King Institute of Preventive Medicine Micro-Biological Section reports 1909-11
Year: 1909
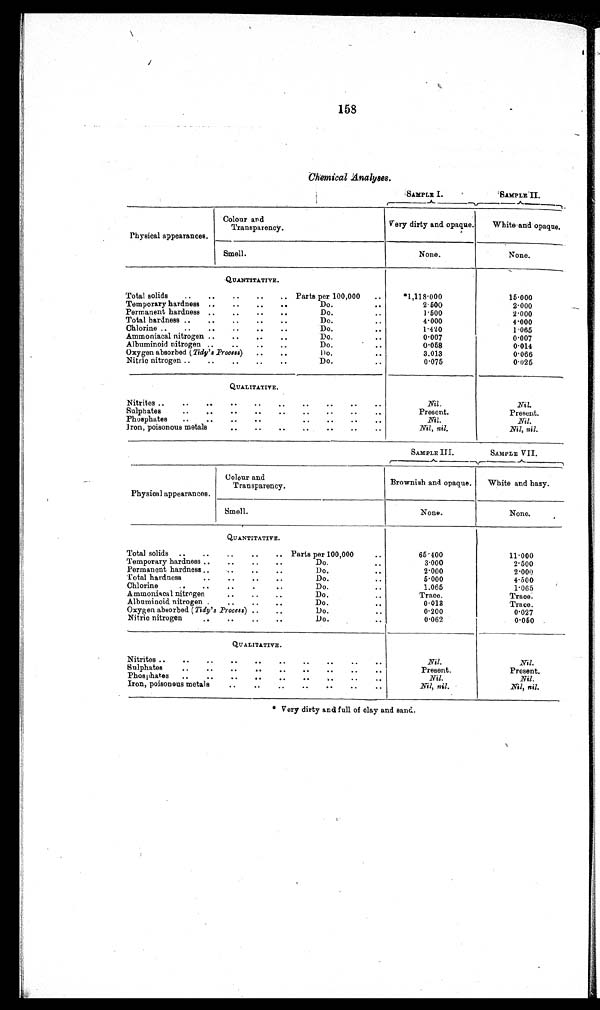
158
Chemical Analyses.
SAMPLE I.
SAMPLE II.
Physical appearances.
Colour and
Transparency.
Very dirty and opaque.
White and opaque.
Smell.
None.
None.
QUANTITATIVE.
Total solids
Parts per 100,000
*1,118·000
15·000
Temporary hardness
Do.
2·500
2·000
Permanent hardness
Do.
1·500
2·000
Total hardness
Do.
4·000
4·000
Chlorine
Do.
1·420
1·065
Ammoniacal nitrogen
Do.
0·007
0·007
Albuminoid nitrogen
Do.
0·058
0·01
4
Oxygen absorbed ( Tidy'sProcess)
Do.
3·013
0·066
Nitric nitrogen
Do.
0·075
0·025
QUALITATIVE.
Nitrites
Nil.
Nil.
Sulphates
Present.
Present.
Phosphates
Nil.
Nil.
Iron, poisonous metals
Nil, nil.
Nil, nil.
SAMPLE
III
SAMPLE VII.
Physical appearances.
Colour and
Transparency.
Brownish and opaque.
White and hazy.
Smell.
None.
None.
QUANTITATIVE.
Total solids
Parts per 100,000
65·4 00
11·000
Temporary hardness
Do.
3·000
2·500
Permanent hardness
Do.
2·000
2·000
Total hardness
Do.
5 · 0 0 0
4·500
Chlorine
Do.
1·065 1·065
Ammoniacal nitrogen
Do.
Trace.
Trace.
Albuminoid nitrogen
Do.
0·013
Trace.
Oxygen absorbed ( Tidy'sProcess)
Do.
0·200
0·027
Nitric nitrogen
Do.
0·06 2
0·050
QUALITATIVE.
Nitrites
Nil.
Nil.
Sulphates
Present.
Present.
Phosphates
Nil.
Nil.
Iron, poisonous metals
Nil, nil.
Nil, nil.
* Very dirty and full of clay and sand.